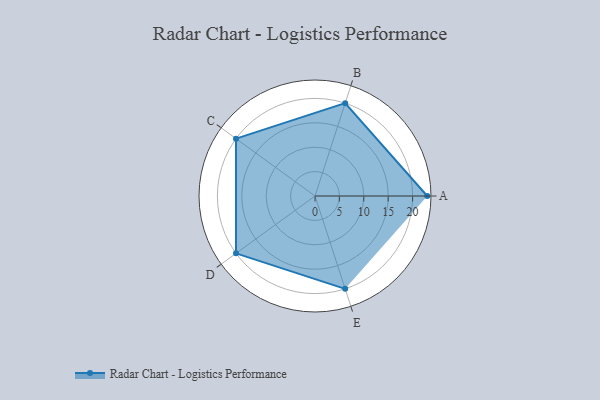
{"axis": {"x": "Skill", "y": "Score"}, "legend": ["Profile"], "data": [{"x": "A", "y": 23.0, "type": "Profile"}, {"x": "B", "y": 20.0, "type": "Profile"}, {"x": "C", "y": 20, "type": "Profile"}, {"x": "D", "y": 20, "type": "Profile"}, {"x": "E", "y": 20, "type": "Profile"}]}